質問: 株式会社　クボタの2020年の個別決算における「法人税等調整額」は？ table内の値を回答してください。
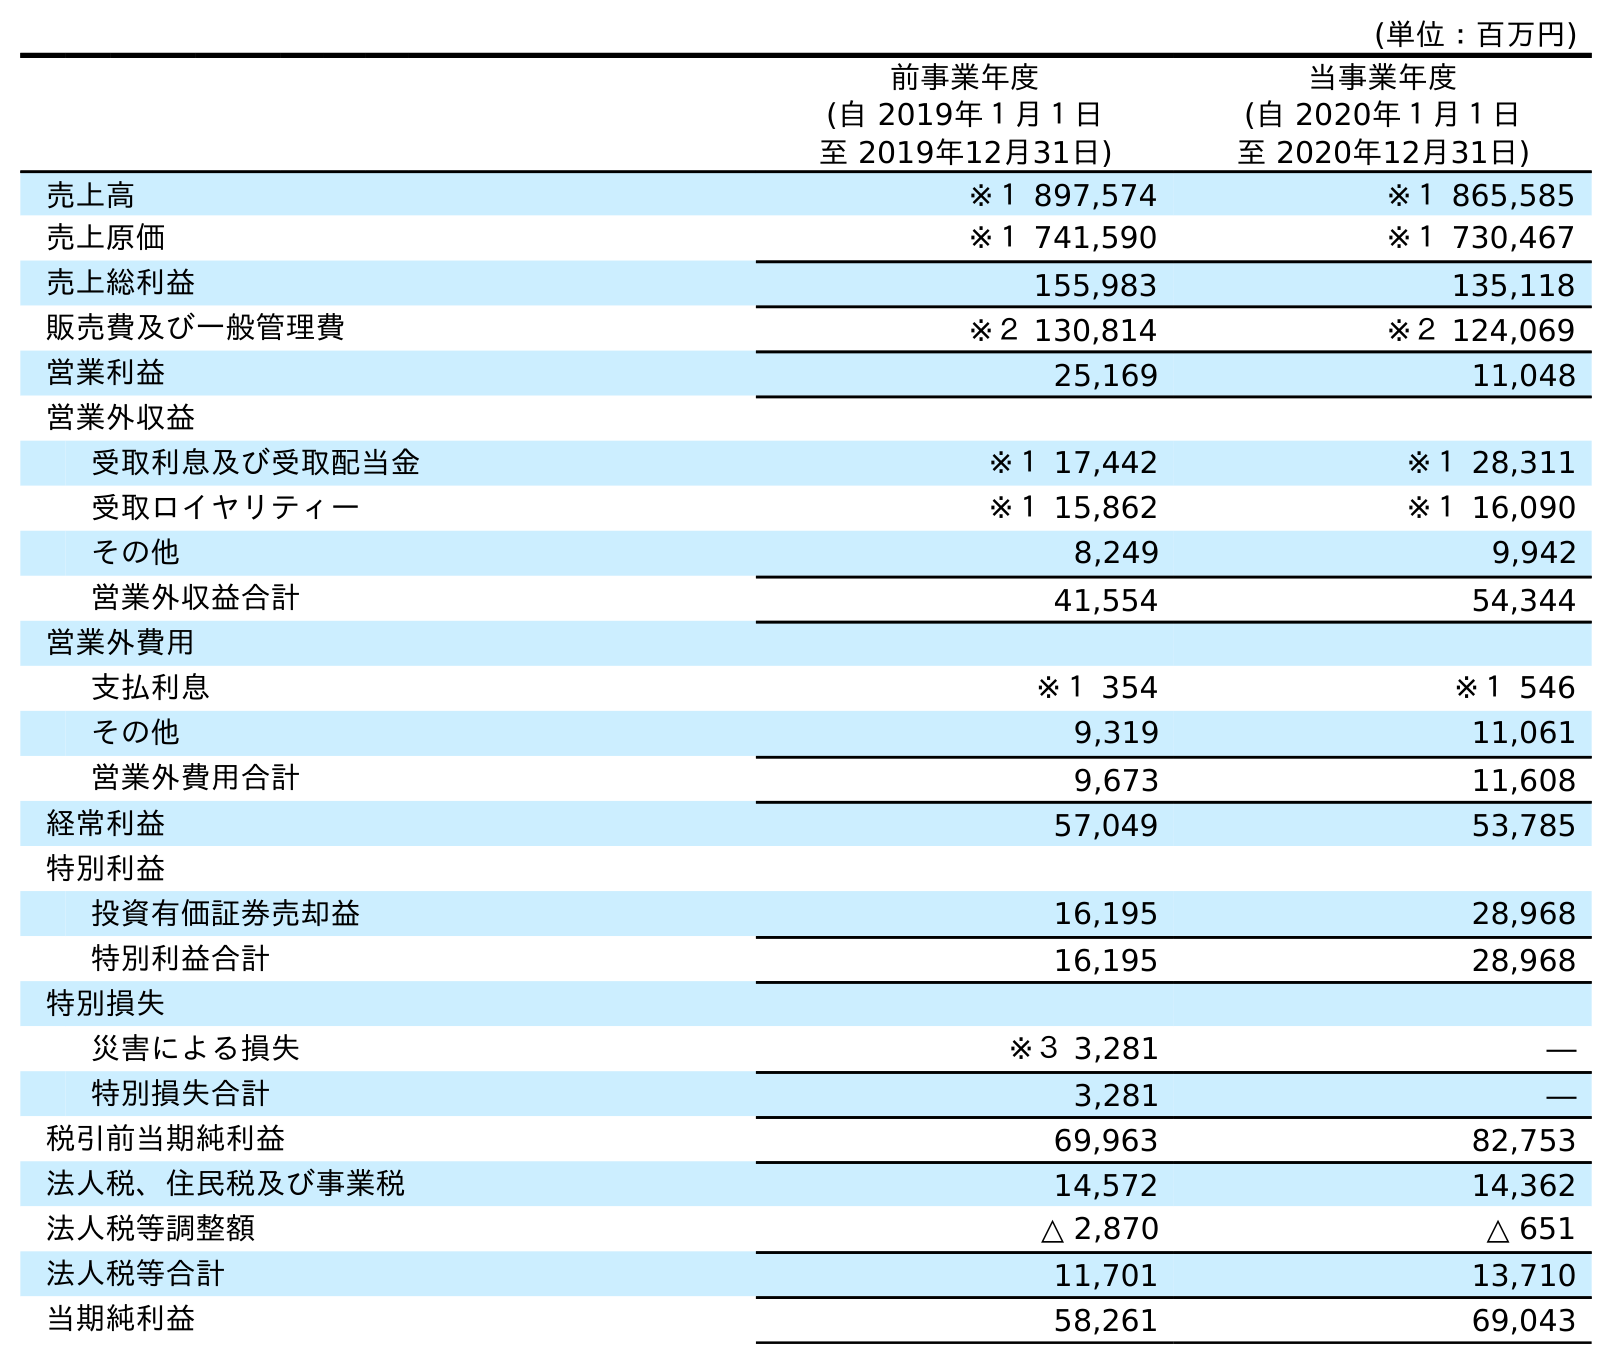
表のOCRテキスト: (単位：百万円) 前事業年度 (自 2019年１月１日 至 2019年12月31日) 当事業年度 (自 2020年１月１日 至 2020年12月31日) 売上高 ※１ 897,574 ※１ 865,585 売上原価 ※１ 741,590 ※１ 730,467 売上総利益 155,983 135,118 販売費及び一般管理費 ※２ 130,814 ※２ 124,069 営業利益 25,169 11,048 営業外収益 受取利息及び受取配当金 ※１ 17,442 ※１ 28,311 受取ロイヤリティー ※１ 15,862 ※１ 16,090 その他 8,249 9,942 営業外収益合計 41,554 54,344 営業外費用 支払利息 ※１ 354 ※１ 546 その他 9,319 11,061 営業外費用合計 9,673 11,608 経常利益 57,049 53,785 特別利益 投資有価証券売却益 16,195 28,968 特別利益合計 16,195 28,968 特別損失 災害による損失 ※３ 3,281 ― 特別損失合計 3,281 ― 税引前当期純利益 69,963 82,753 法人税、住民税及び事業税 14,572 14,362 法人税等調整額 △ 2,870 △ 651 法人税等合計 11,701 13,710 当期純利益 58,261 69,043
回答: △651